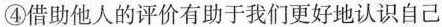
④借助他人的评价有助于我们更好地认识自己